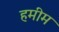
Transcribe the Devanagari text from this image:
हमीम